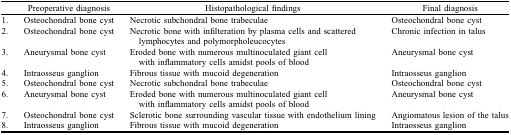
<table><thead><tr><td></td><td><b>Preoperative diagnosis</b></td><td><b>Histopathological findings</b></td><td><b>Final diagnosis</b></td></tr></thead><tbody><tr><td>1.</td><td>Osteochondral bone cyst</td><td>Necrotic subchondral bone trabeculae</td><td>Osteochondral bone cyst</td></tr><tr><td>2.</td><td>Osteochondral bone cyst</td><td>Necrotic bone with infilteration by plasma cells and scattered lymphocytes and polymorpholeucocytes</td><td>Chronic infection in talus</td></tr><tr><td>3.</td><td>Aneurysmal bone cyst</td><td>Eroded bone with numerous multinoculated giant cell with inflammatory cells amidst pools of blood</td><td>Aneurysmal bone cyst</td></tr><tr><td>4.</td><td>Intraosseus ganglion</td><td>Fibrous tissue with mucoid degeneration</td><td>Intraosseus ganglion</td></tr><tr><td>5.</td><td>Osteochondral bone cyst</td><td>Necrotic subchondral bone trabeculae</td><td>Osteochondral bone cyst</td></tr><tr><td>6.</td><td>Aneurysmal bone cyst</td><td>Eroded bone with numerous multinoculated giant cell with inflammatory cells amidst pools of blood</td><td>Aneurysmal bone cyst</td></tr><tr><td>7.</td><td>Osteochondral bone cyst </td><td>Sclerotic bone surrounding vascular tissue with endothelium lining</td><td>Angiomatous lesion of the talus</td></tr><tr><td>8.</td><td>Intraosseus ganglion</td><td>Fibrous tissue with mucoid degeneration</td><td>Intraosseus ganglion</td></tr></tbody></table>